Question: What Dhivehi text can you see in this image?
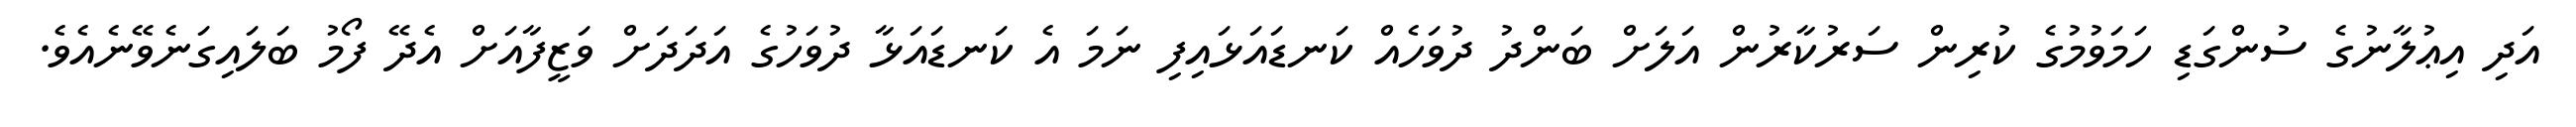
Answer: އަދި އިޢުލާނުގެ ސުންގަޑި ހަމަވުމުގެ ކުރިން ސަރުކާރުން އަލަށް ބަންދު ދުވަހެއް ކަނޑައަޅައިފި ނަމަ އެ ކަނޑައަޅާ ދުވަހުގެ އަދަދަށް ވަޒީފާއަށް އެދޭ ފޯމު ބަލައިގަނެވޭނެއެވެ.